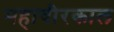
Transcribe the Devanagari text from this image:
महावीरकाल